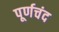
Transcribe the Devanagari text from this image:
पूर्णचंद